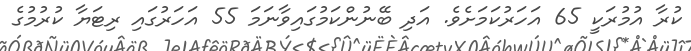
ކުރާ އުމުރަކީ 65 އަހަރުކަމަށެވެ. އަދި ބޭނުންކަމުގައިވާނަމަ 55 އަހަރުގައި ރިޓަޔާ ކުރުމުގެ